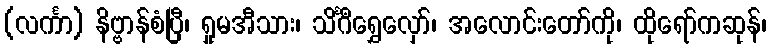
(လင်္ကာ) နိဗ္ဗာန်စံပြီ၊ ရှုမအီသား၊ သိင်္ဂီရွှေလှော်၊ အလောင်းတော်ကို၊ ထိုရော်ကဆုန်၊